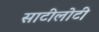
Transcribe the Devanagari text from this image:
साटीलोटी